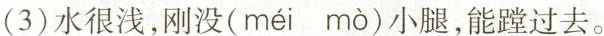
(3)水很浅，刚没(méi mò)小腿，能瞠过去。